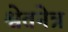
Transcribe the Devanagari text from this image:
श्वेतनेत्र